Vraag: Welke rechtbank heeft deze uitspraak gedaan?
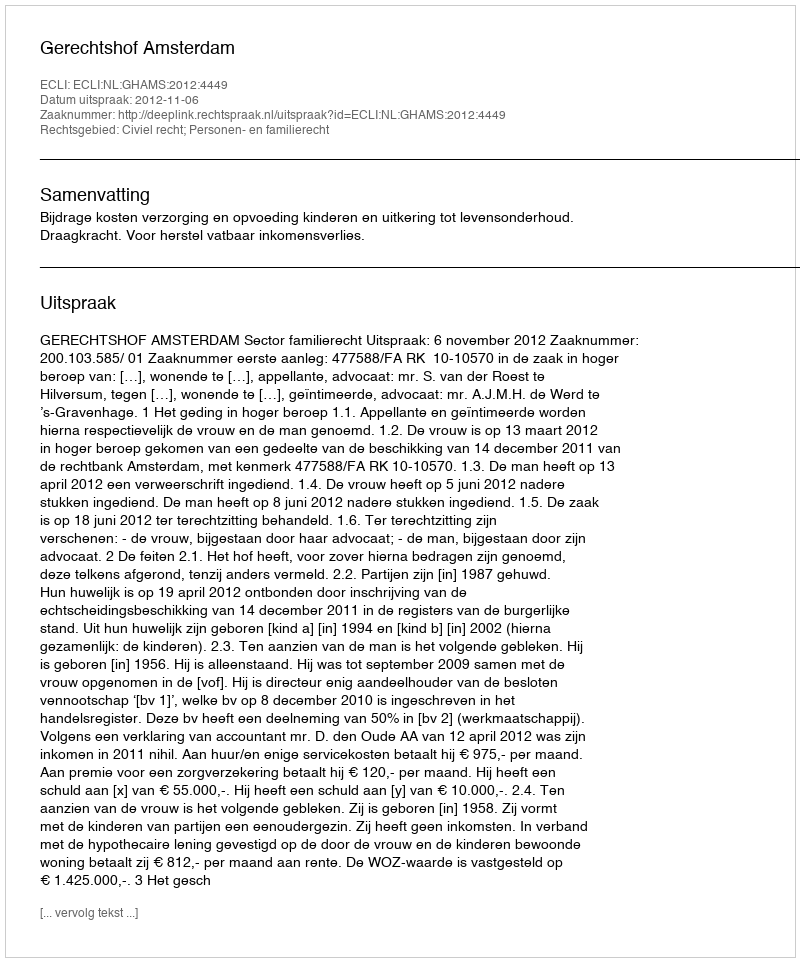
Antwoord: Gerechtshof Amsterdam